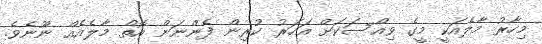
މިހާރު މާލެއަކީ މީގެ ވިއްސަކަށް އަހަރު ކުރިން ފެންނަން އޮތް މާލެއެއް ނޫނެވެ.